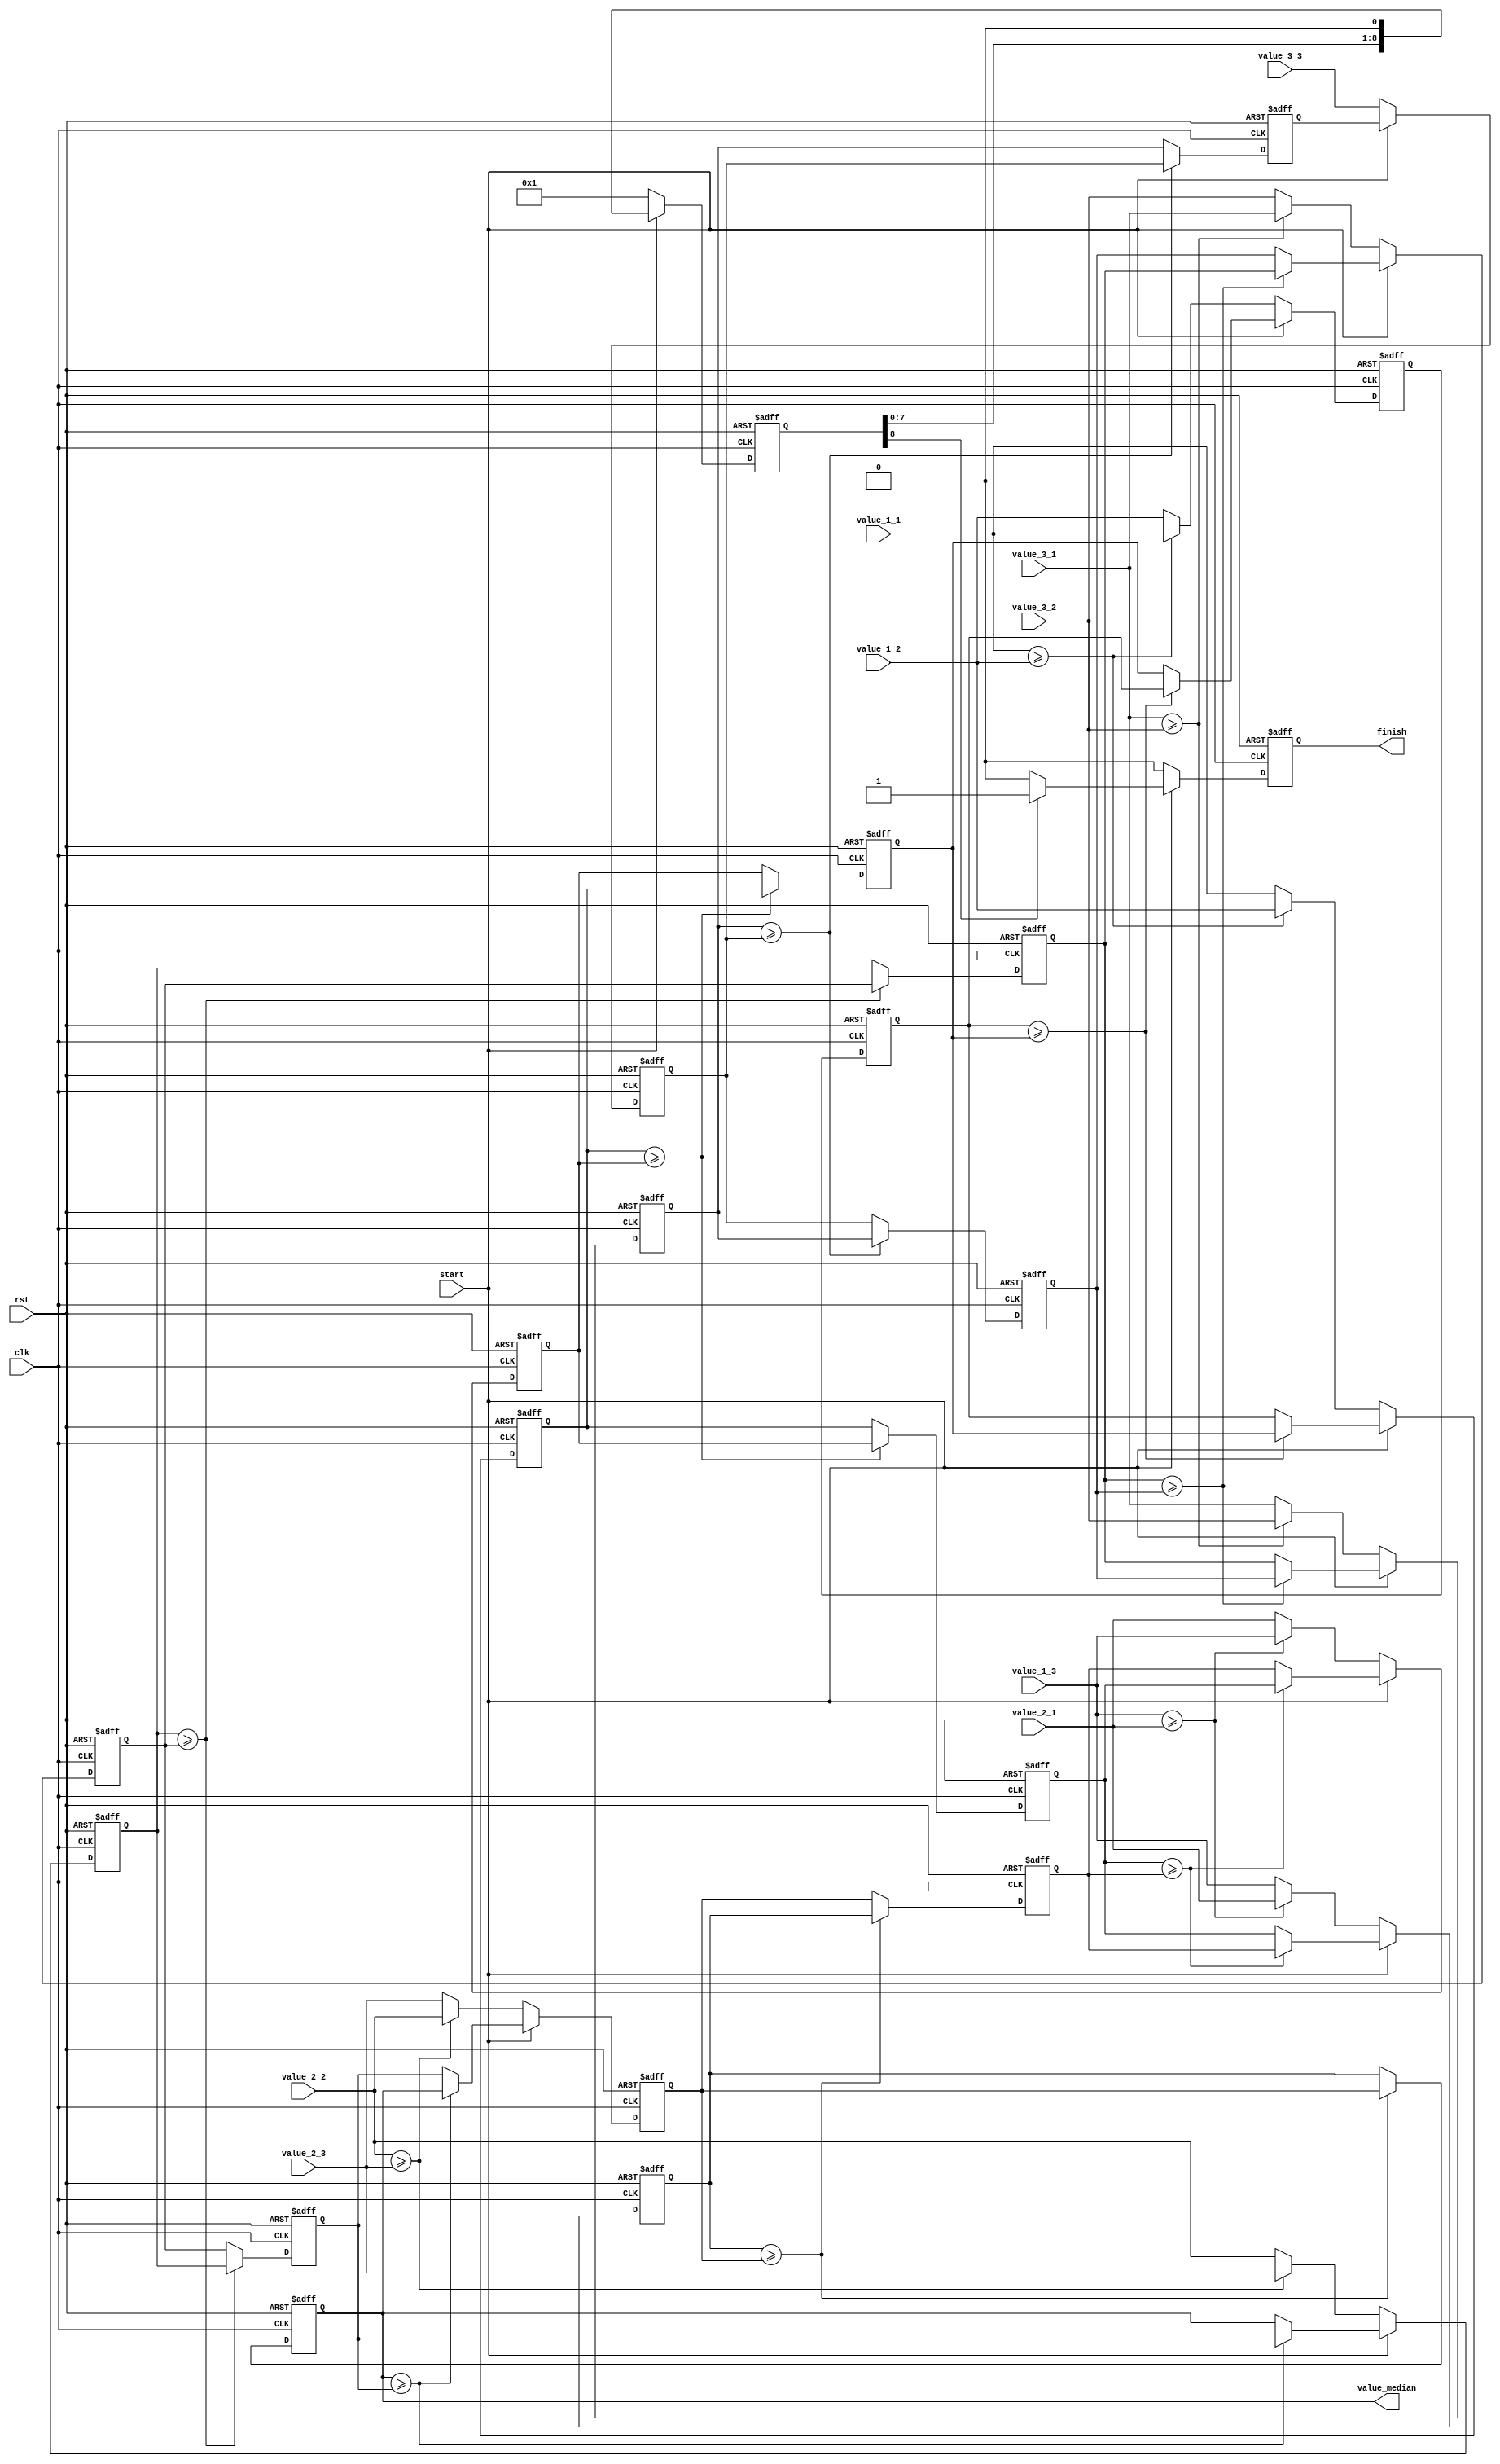
module bubble_sort(
	clk,
	rst,
	start,
	value_1_1,
	value_1_2,
	value_1_3,
	value_2_1,
	value_2_2,
	value_2_3,
	value_3_1,
	value_3_2,
	value_3_3,

	value_median,
	finish
);
	input clk;
	input rst;
	input [7:0] value_1_1;
	input [7:0] value_1_2;
	input [7:0] value_1_3;
	input [7:0] value_2_1;
	input [7:0] value_2_2;
	input [7:0] value_2_3;
	input [7:0] value_3_1;
	input [7:0] value_3_2;
	input [7:0] value_3_3;
	input start;

	reg [7:0] value_1_1_out;
	reg [7:0] value_1_2_out;
	reg [7:0] value_1_3_out;
	reg [7:0] value_2_1_out;
	reg [7:0] value_2_2_out;
	reg [7:0] value_2_3_out;
	reg [7:0] value_3_1_out;
	reg [7:0] value_3_2_out;
	reg [7:0] value_3_3_out;
	
	reg [7:0] value_1_1_out2;
	reg [7:0] value_1_2_out2;
	reg [7:0] value_1_3_out2;
	reg [7:0] value_2_1_out2;
	reg [7:0] value_2_2_out2;
	reg [7:0] value_2_3_out2;
	reg [7:0] value_3_1_out2;
	reg [7:0] value_3_2_out2;
	reg [7:0] value_3_3_out2;

	output [7:0] value_median;
	output reg finish;
	
	reg [8:0] count;
	always@(posedge clk or posedge rst)
	begin
		if(rst)
		begin
			 value_1_1_out<=8'd0;
			 value_1_2_out<=8'd0;
			 value_1_3_out<=8'd0;
			 value_2_1_out<=8'd0;
			 value_2_2_out<=8'd0;
			 value_2_3_out<=8'd0;
			 value_3_1_out<=8'd0;
			 value_3_2_out<=8'd0;
			 value_3_3_out<=8'd0;
			 value_1_1_out2<=8'd0;
			 value_1_2_out2<=8'd0;
			 value_1_3_out2<=8'd0;
			 value_2_1_out2<=8'd0;
			 value_2_2_out2<=8'd0;
			 value_2_3_out2<=8'd0;
			 value_3_1_out2<=8'd0;
			 value_3_2_out2<=8'd0;
			 value_3_3_out2<=8'd0;
			 count<=9'd0;
			 finish<=1'b0;
		end
		else
		begin
			if(!start)
			begin
				 value_1_1_out<=(value_1_1>=value_1_2)?value_1_1:value_1_2;
				 value_1_2_out<=(value_1_1>=value_1_2)?value_1_2:value_1_1;
				 value_1_3_out<=(value_1_3>=value_2_1)?value_1_3:value_2_1;
				 value_2_1_out<=(value_1_3>=value_2_1)?value_2_1:value_1_3;
				 value_2_2_out<=(value_2_2>=value_2_3)?value_2_2:value_2_3;
				 value_2_3_out<=(value_2_2>=value_2_3)?value_2_3:value_2_2;
				 value_3_1_out<=(value_3_1>=value_3_2)?value_3_1:value_3_2;
				 value_3_2_out<=(value_3_1>=value_3_2)?value_3_2:value_3_1;
				 value_3_3_out<=value_3_3;
				 count<=9'd1;
				 finish<=1'd0;
			end
			else
			begin
				 value_1_1_out<=(value_1_1_out2>=value_1_2_out2)?value_1_1_out2:value_1_2_out2;
				 value_1_2_out<=(value_1_1_out2>=value_1_2_out2)?value_1_2_out2:value_1_1_out2;
				 value_1_3_out<=(value_1_3_out2>=value_2_1_out2)?value_1_3_out2:value_2_1_out2;
				 value_2_1_out<=(value_1_3_out2>=value_2_1_out2)?value_2_1_out2:value_1_3_out2;
				 value_2_2_out<=(value_2_2_out2>=value_2_3_out2)?value_2_2_out2:value_2_3_out2;
				 value_2_3_out<=(value_2_2_out2>=value_2_3_out2)?value_2_3_out2:value_2_2_out2;
				 value_3_1_out<=(value_3_1_out2>=value_3_2_out2)?value_3_1_out2:value_3_2_out2;
				 value_3_2_out<=(value_3_1_out2>=value_3_2_out2)?value_3_2_out2:value_3_1_out2;
				 value_3_3_out<=value_3_3_out2;
				 count<=count<<1;
				 finish<=(count[8]==1)?1'b1:1'b0;
			end
			 value_1_1_out2<=value_1_1_out;
			 value_1_2_out2<=(value_1_2_out>=value_1_3_out)?value_1_2_out:value_1_3_out;
			 value_1_3_out2<=(value_1_2_out>=value_1_3_out)?value_1_3_out:value_1_2_out;
			 value_2_1_out2<=(value_2_1_out>=value_2_2_out)?value_2_1_out:value_2_2_out;
			 value_2_2_out2<=(value_2_1_out>=value_2_2_out)?value_2_2_out:value_2_1_out;
			 value_2_3_out2<=(value_2_3_out>=value_3_1_out)?value_2_3_out:value_3_1_out;
			 value_3_1_out2<=(value_2_3_out>=value_3_1_out)?value_3_1_out:value_2_3_out;
			 value_3_2_out2<=(value_3_2_out>=value_3_3_out)?value_3_2_out:value_3_3_out;
			 value_3_3_out2<=(value_3_2_out>=value_3_3_out)?value_3_3_out:value_3_2_out;
		end
	
	end
	
	assign value_median=value_2_2_out2;
	
	endmodule